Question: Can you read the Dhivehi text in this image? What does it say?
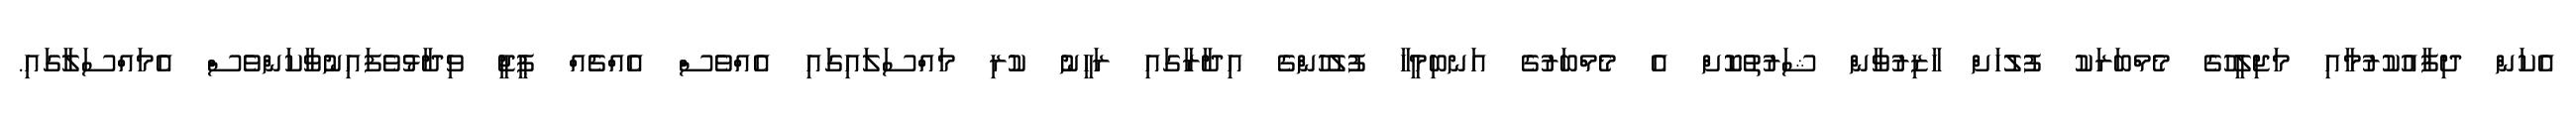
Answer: އެކަން ދިފާއުކުރުމާއި މަޖިލީހުގެ މެމްބަރަކު ފުލުހަށް ހާޒިރުވާން ޝަރުތުކޮށް އެ މެމްބަރުގެ އަނބިމީހާ ފުލުހުންގެ އިދާރާގައި ރަހީނު ކުރި މައްސަލައިގައި އެއްވެސް އެއްޗެއް ޕީޖީ ވިދާޅުވެފައިނުވާކަންވެސް އެމައްސަލާގައި.